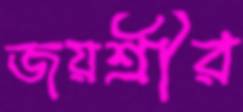
জয়শ্রীর